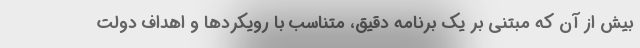
بیش از آن که مبتنی بر یک برنامه دقیق، متناسب با رویکردها و اهداف دولت